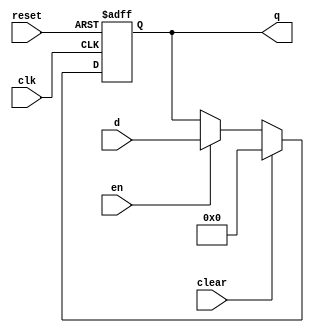
module flopenrc#(parameter M=8)(input clk,input reset,input clear,input en,
										input [M-1:0]d,output reg [M-1:0] q);
	always @(posedge clk,posedge reset)begin
		if(reset) 		q <= 0;
		else if(clear) q <= 0;
		else if(en) 	q <= d;
	end
endmodule

module flopenrc_tb;

	parameter M=8;
	reg clk,reset,clear,en;
	reg [M-1:0]d;
	wire [M-1:0]q;
	
	flopenrc #(M)DUT(.clk(clk),.reset(reset),.clear(clear),.en(en),.d(d),.q(q));
	
	initial begin
		en = 0;
		d = 10;
		clk = 1;#1;
		clk = 0;#1;
		$display("%d",q);
		
		en = 1;
		d = 20;
		clk = 1;#1;
		clk = 0;#1;
		$display("%d",q);
	end

endmodule